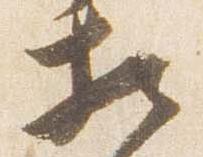
相